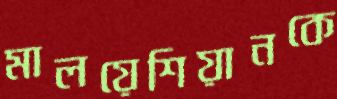
মালয়েশিয়ানকে